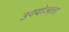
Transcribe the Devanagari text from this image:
उपयोज्यता